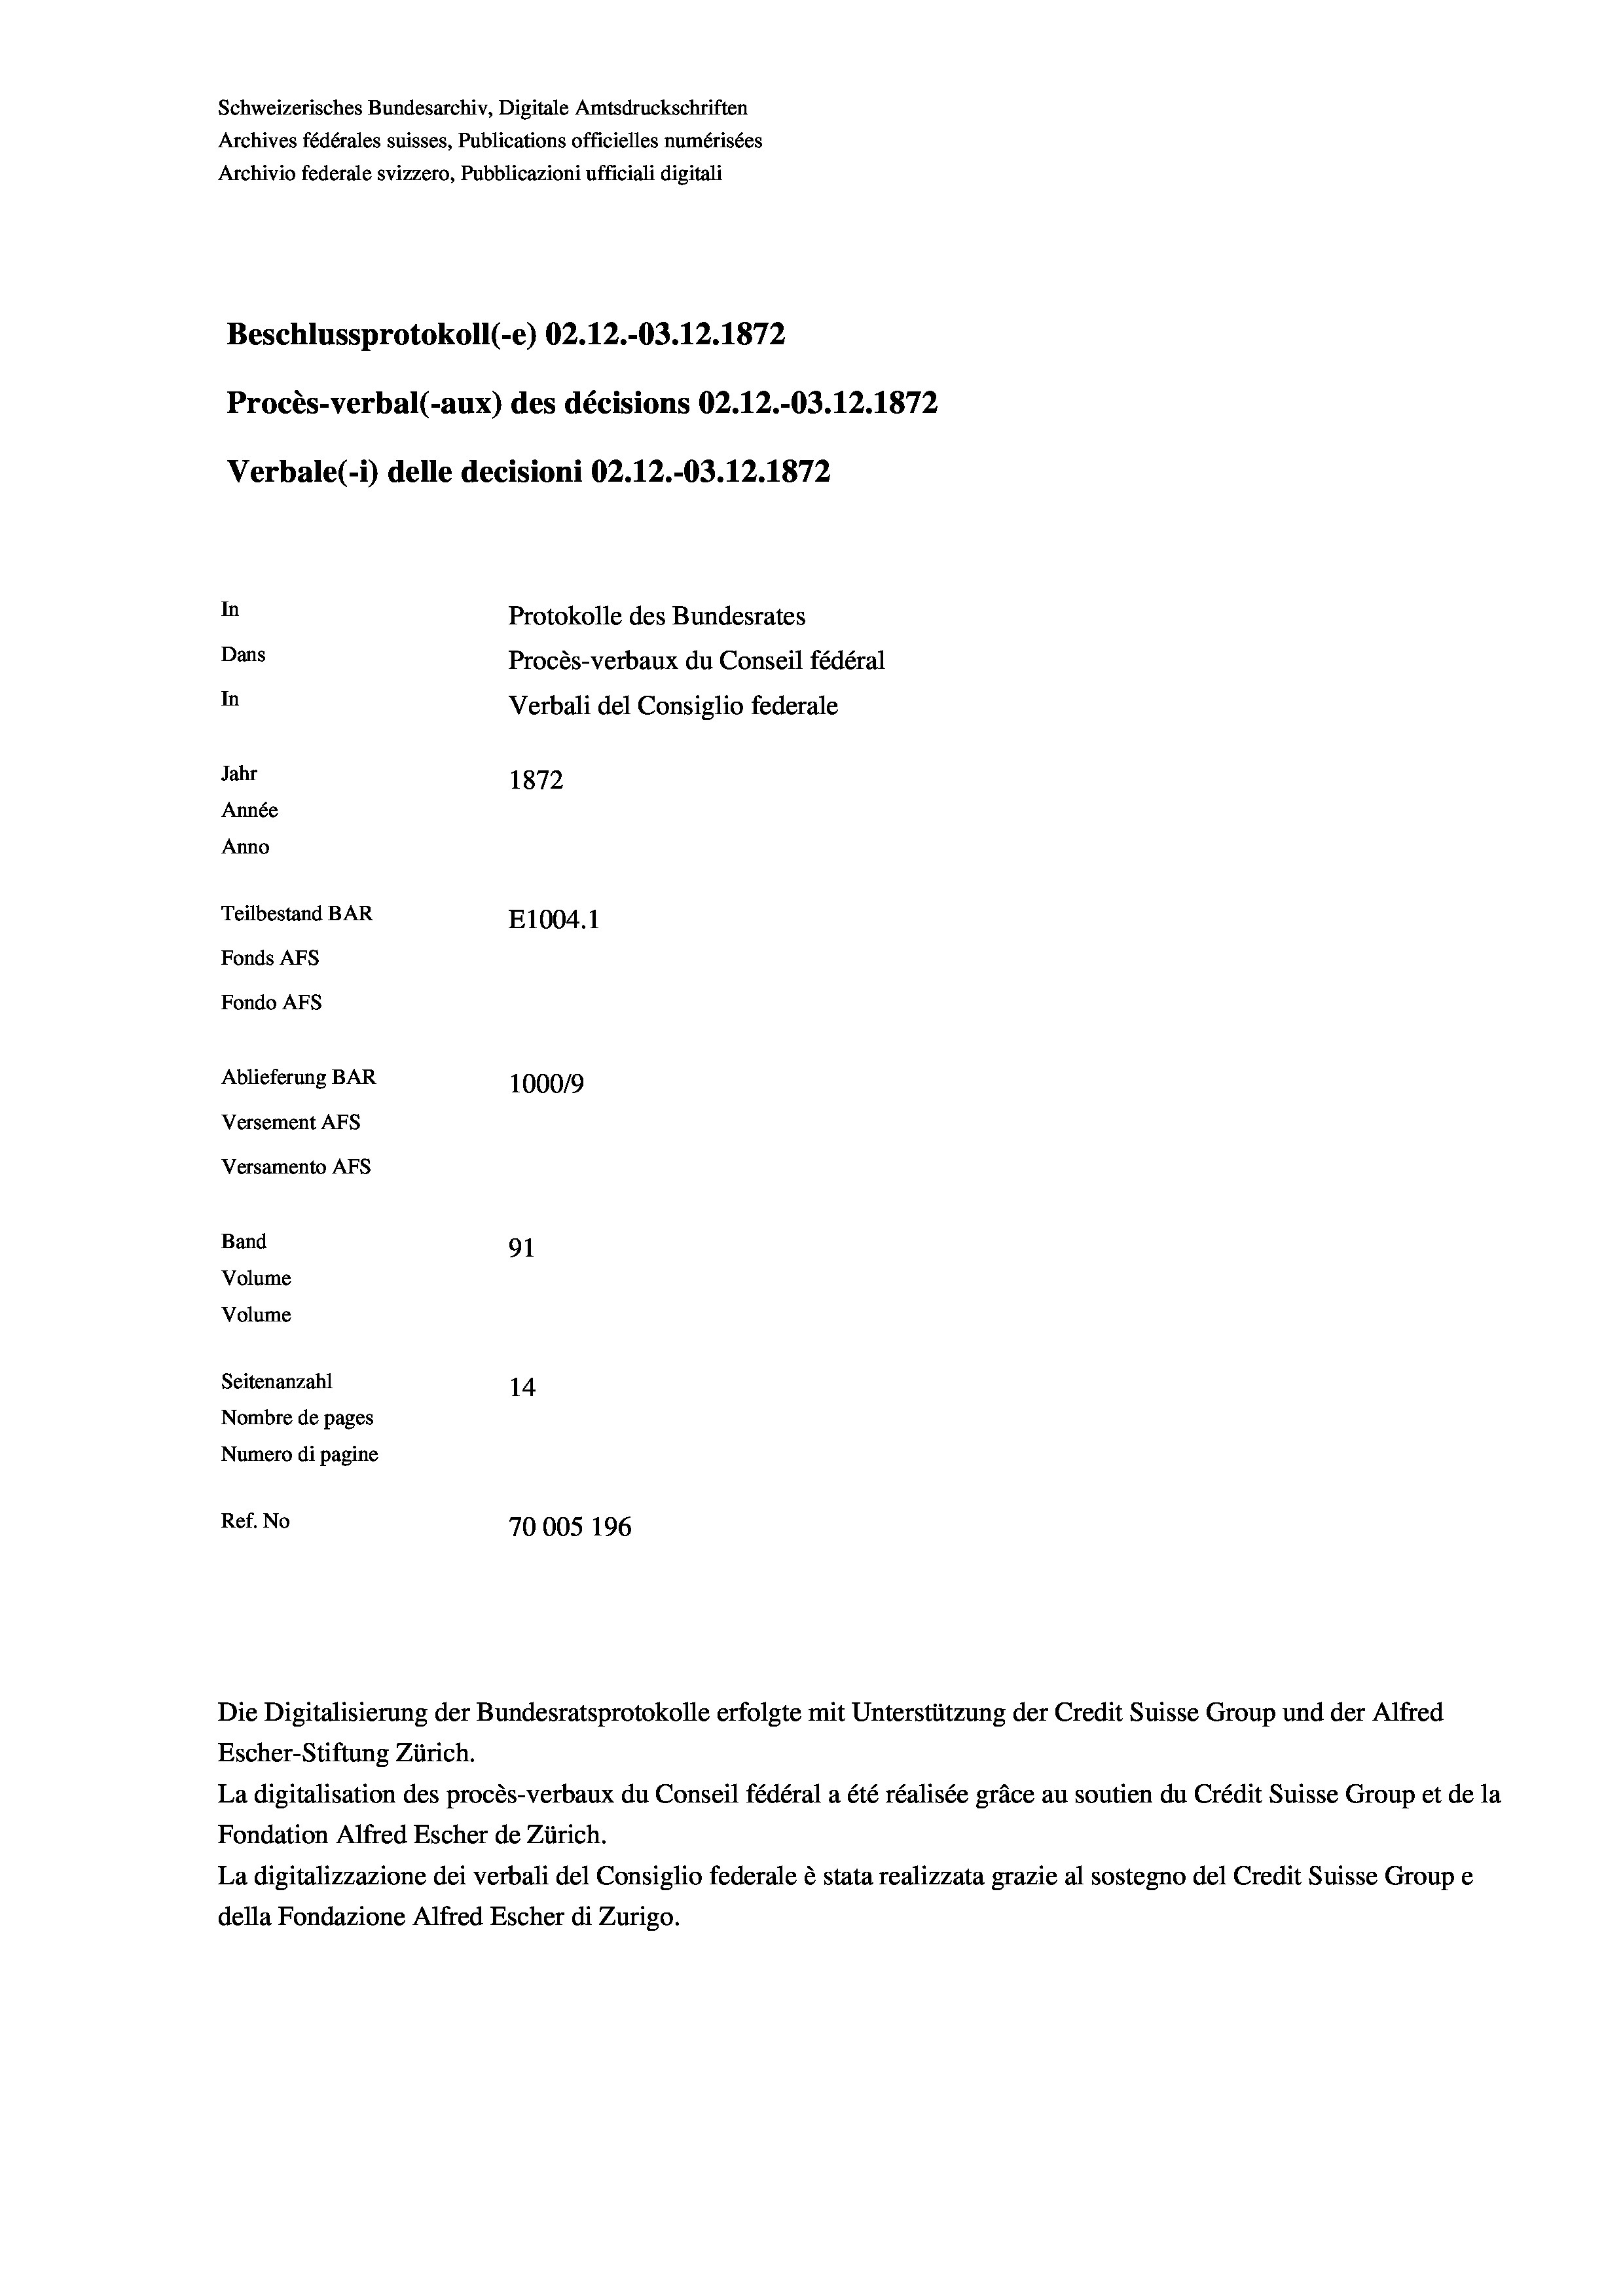
Schweizerisches Bundesarchiv, Digitale Amtsdruckschriften
Archives fédérales suisses, Publications officielles numérisées
Archivio federale svizzero, Pubblicazioni ufficiali digitali
Beschlussprotokoll (-e) 02.12.-03.12.1872
Procès-verbal (-aux) des décisions 02.12.-03.12.1872
Verbale (- 1) delle decisioni 02.12.-03.12.1872
In
Protokolle des Bundesrates
Dans
Procès-verbaux du Conseil fédéral
In
Verbali del Consiglio federale
Jahr
1872
Année
Anno
Teilbestand BAR
E1004. 1
Fonds AFs
Fondo AFS
Ablieferung BAR
100019
Versement AFs
Versamento Afs
Band
91
Volume
Volume
Seitenanzahl
14
Nombre de pages
Numero di pagine
Ref. No
70005 196

Escher-Stiftung Zürich.
La digitalisation des procès-verbaux du Conseil fédéral a été réalisée gräce au soutien du Crédit Suisse Group et de la
Fondation Alfred Escher de Zürich.
La digitalizzazione dei verbali del Consiglio federale è stata realizzata grazie al sostegno del Credit Suisse Groupe
della Fondazione Alfred Escher di Zurigo.

Die Digitalisierung der Bundesratsprotokolle erfolgte mit Unterstützung der Credit Suisse Group und der Alfred